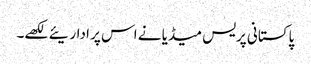
پاکستانی پریس میڈیا نے اس پر اداریئے لکھے۔